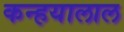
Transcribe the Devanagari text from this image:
कन्हयालाल